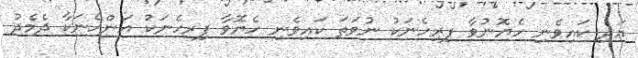
އަދި ކައިވެނި ހެޔޮނުވާ ފިރިހެނަކު ނުވަތަ ކައިވެނި ހެޔޮވާ ފިރިހެނަކު އަންހެނަކާ ދެމެދު